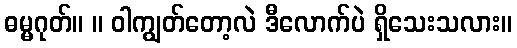
ဓမ္မဂုတ်။ ။ ဝါကျွတ်တော့လဲ ဒီလောက်ပဲ ရှိသေးသလား။